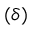
( \delta )